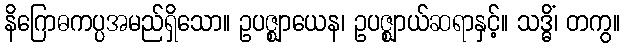
နိဂြောဓကပ္ပအမည်ရှိသော။ ဥပဇ္ဈာယေန၊ ဥပဇ္ဈာယ်ဆရာနှင့်။ သဒ္ဓိံ၊ တကွ။